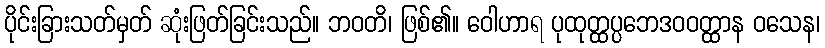
ပိုင်းခြားသတ်မှတ် ဆုံးဖြတ်ခြင်းသည်။ ဘဝတိ၊ ဖြစ်၏။ ဝေါဟာရ ပုထုတ္ထပ္ပဘေဒဝဝတ္ထာန ဝသေန၊